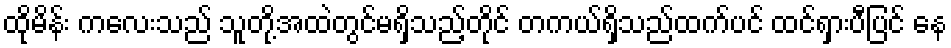
ထိုမိန်း ကလေးသည် သူတို့အထဲတွင်မရှိသည့်တိုင် တကယ်ရှိသည်ထက်ပင် ထင်ရှားပီပြင် နေ